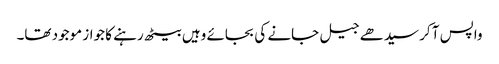
واپس آ کر سیدھے جیل جانے کی بجائے وہیں بیٹھ رہنے کا جواز موجود تھا۔